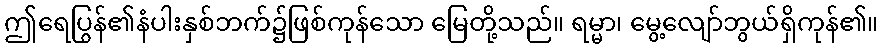
ဤရေပြွန်၏နံပါးနှစ်ဘက်၌ဖြစ်ကုန်သော မြေတို့သည်။ ရမ္မာ၊ မွေ့လျော်ဘွယ်ရှိကုန်၏။